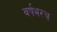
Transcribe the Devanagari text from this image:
वर्षभरच